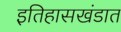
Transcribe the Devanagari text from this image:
इतिहासखंडात